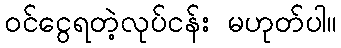
ဝင်ငွေရတဲ့လုပ်ငန်း မဟုတ်ပါ။